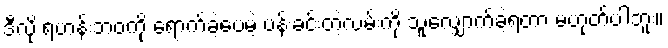
ဒီလို ရဟန်းဘဝကို ရောက်ခဲ့ပေမဲ့ ပန်းခင်းတဲ့လမ်းကို သူလျှောက်ခဲ့ရတာ မဟုတ်ပါဘူး။